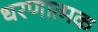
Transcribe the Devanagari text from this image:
धरणात्मक